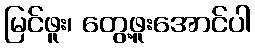
မြင်ဖူး၊ တွေ့ဖူးအောင်ပါ